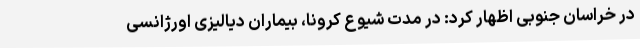
در خراسان جنوبی اظهار کرد: در مدت شیوع کرونا، بیماران دیالیزی اورژانسی